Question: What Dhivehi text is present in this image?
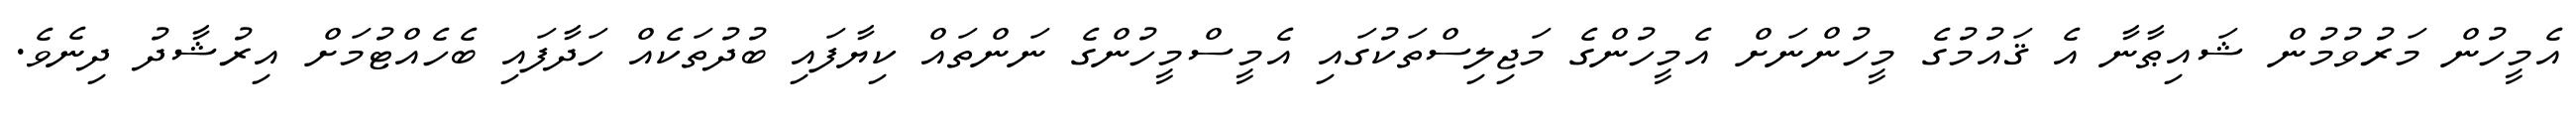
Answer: އެމީހުން މަރުވުމުން ޝައިޠާނާ އެ ޤައުމުގެ މީހުންނަށް އެމީހުންގެ މަޖިލިސްތަކުގައި އެމީސްމީހުންގެ ނަންތައް ކިޔާފައި ބުދުތަކެއް ހަދާފައި ބެހެއްޓުމަށް އިރުޝާދު ދިނެވެ.